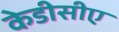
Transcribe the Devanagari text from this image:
केडीसीए